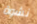
نشوة